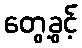
တွေ့ခွင့်